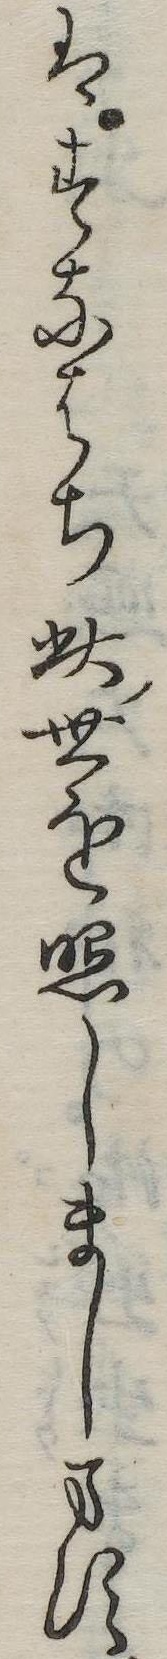
はすなはち此世を照しまします